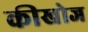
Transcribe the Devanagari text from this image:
कीखोज